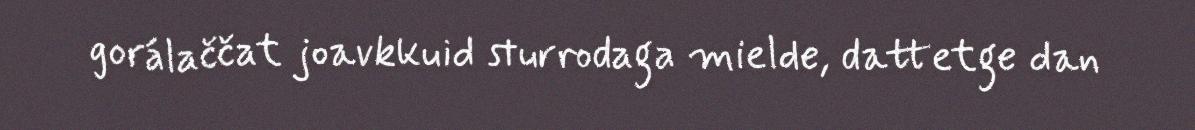
gorálaččat joavkkuid sturrodaga mielde, dattetge dan